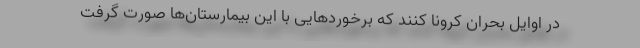
در اوایل بحران کرونا کنند که برخوردهایی با این بیمارستان‌ها صورت گرفت